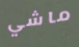
ماشي